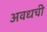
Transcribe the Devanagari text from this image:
अवधची